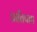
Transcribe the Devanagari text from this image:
प्रातिपाद्य